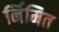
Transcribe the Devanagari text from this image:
र्निमित